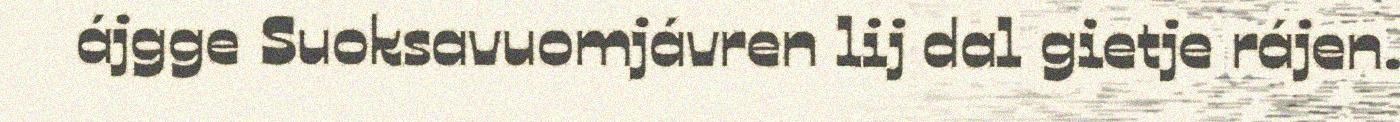
ájgge Suoksavuomjávren lij dal gietje rájen.